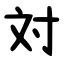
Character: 対